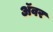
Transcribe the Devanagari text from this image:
अॅवर